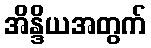
အိန္ဒိယအတွက်